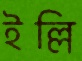
ইল্লি